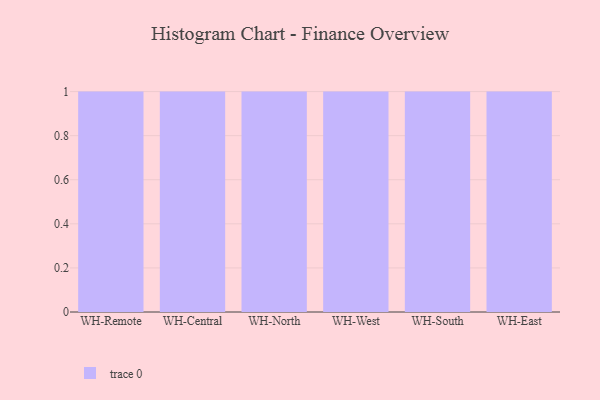
{"axis": {"x": "Warehouse", "y": "Inventory Turnover"}, "legend": [""], "data": [{"x": "WH-Remote", "y": 26, "type": ""}, {"x": "WH-Central", "y": 47, "type": ""}, {"x": "WH-North", "y": 6, "type": ""}, {"x": "WH-West", "y": 97, "type": ""}, {"x": "WH-South", "y": 27, "type": ""}, {"x": "WH-East", "y": 9, "type": ""}]}